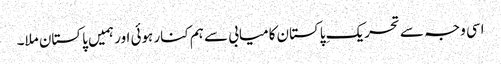
اسی وجہ سے تحریکِ پاکستان کامیابی سے ہم کنار ہوئی اور ہمیں پاکستان ملا۔